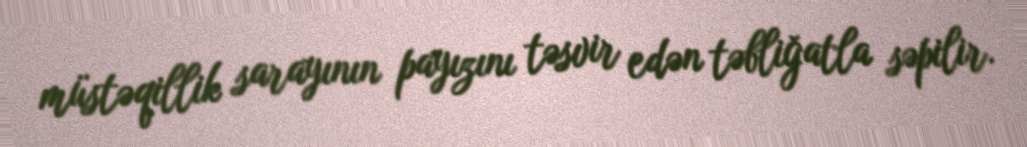
müstəqillik sarayının payızını təsvir edən təbliğatla səpilir.